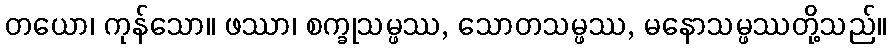
တယော၊ ကုန်သော။ ဖဿာ၊ စက္ခုသမ္ဖဿ, သောတသမ္ဖဿ, မနောသမ္ဖဿတို့သည်။